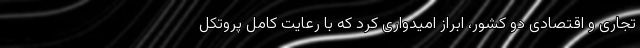
تجاری و اقتصادی دو کشور، ابراز امیدواری کرد که با رعایت کامل پروتکل